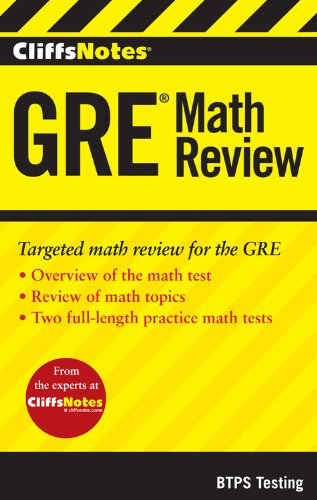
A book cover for CliffsNotes GRE Math Review; BTPS Testing; Test Preparation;